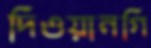
দিওয়ানগি